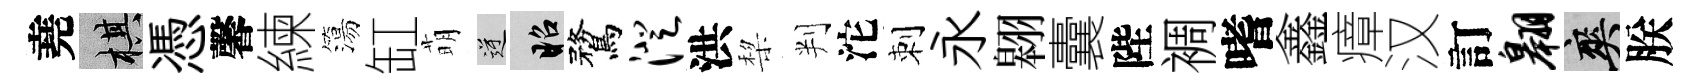
堯棋憑馨練簜缸萌逆昭鶩澄洪棃判沱刺永翱囊陛裯嗜鑫瘴汉訂翱爽朕